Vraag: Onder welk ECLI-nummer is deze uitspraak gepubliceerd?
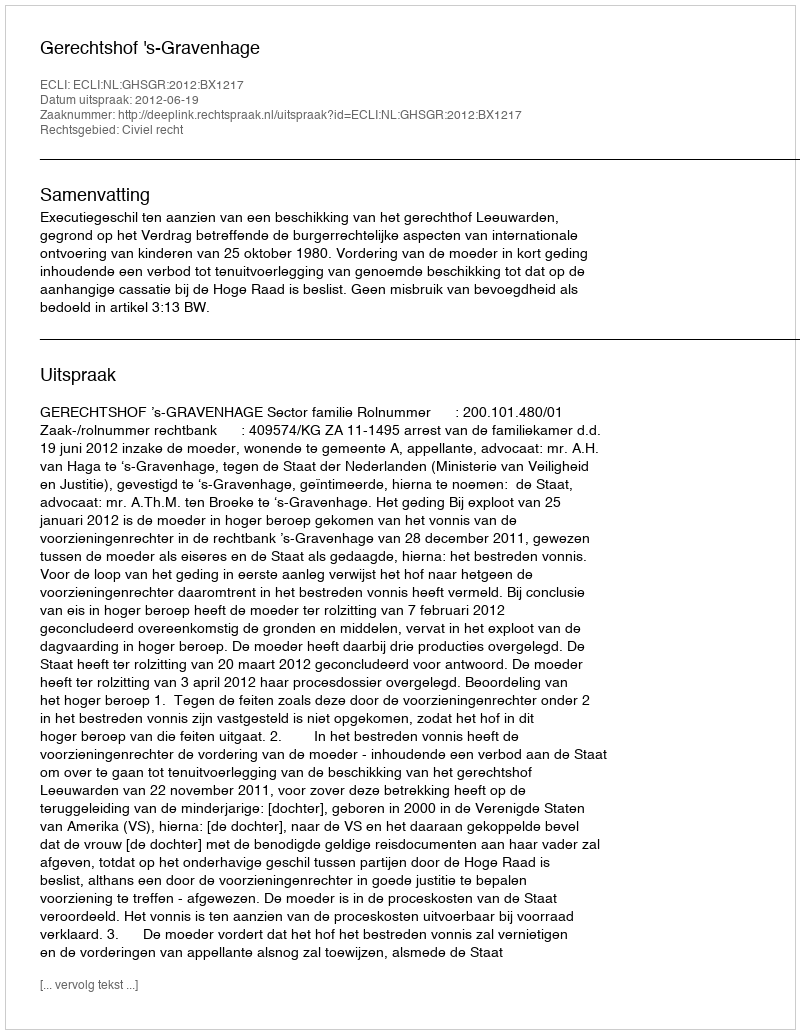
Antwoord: ECLI:NL:GHSGR:2012:BX1217